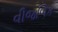
વીજળિક